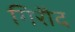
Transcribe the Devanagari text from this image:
गिरौद